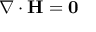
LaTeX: \nabla \cdot \mathbf { H } = \mathbf { 0 } \,